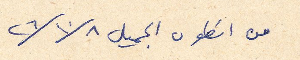
من انطون الجميل ٨ /١٠/ ٢٦